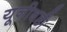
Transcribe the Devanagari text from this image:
यूनीबडी